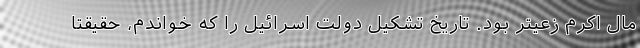
مال اکرم زعیتر بود. تاریخ تشکیل دولت اسرائیل را که خواندم، حقیقتاً